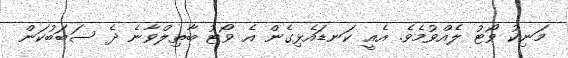
މަނިކު ވޯޓު ލެއްވުމެވެ. އެއީ ކަނޑައެޅިގެން އެ ވޯޓު ބާތިލްވާނެ ދެ ސަބަބުކަން